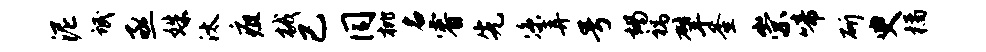
泥氓亟姝汰疽械已同枇名睿先凉弄号竭祸擘釜崇啼斫臾橘